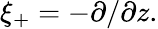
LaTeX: \xi_{+}=-\partial/\partial z.